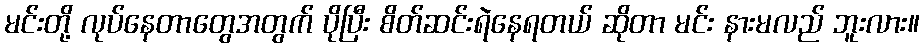
မင်းတို့ လုပ်နေတာတွေအတွက် ပိုပြီး စိတ်ဆင်းရဲနေရတယ် ဆိုတာ မင်း နားမလည် ဘူးလား။